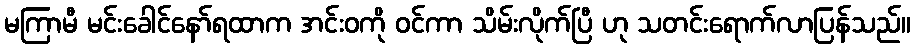
မကြာမီ မင်းခေါင်နော်ရထာက အင်းဝကို ဝင်ကာ သိမ်းလိုက်ပြီ ဟု သတင်းရောက်လာပြန်သည်။